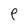
Character: e